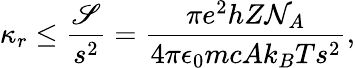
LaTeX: \kappa_{r}\leq\frac{\mathscr{S}}{s^{2}}=\frac{\pi e^{2}hZ\mathcal{N}_{A}}{4\pi\epsilon_{0}mcAk_{B}Ts^{2}},